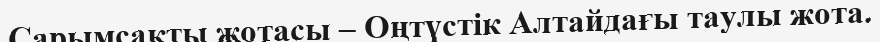
Сарымсақты жотасы – Оңтүстік Алтайдағы таулы жота.